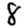
Digit: 8